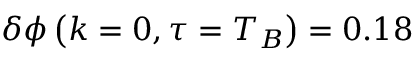
\delta \phi \left( k = 0 , \tau = T _ { B } \right) = 0 . 1 8